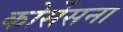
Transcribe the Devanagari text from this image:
कोर्सेसना